Leaving Certificate Examination, 1915
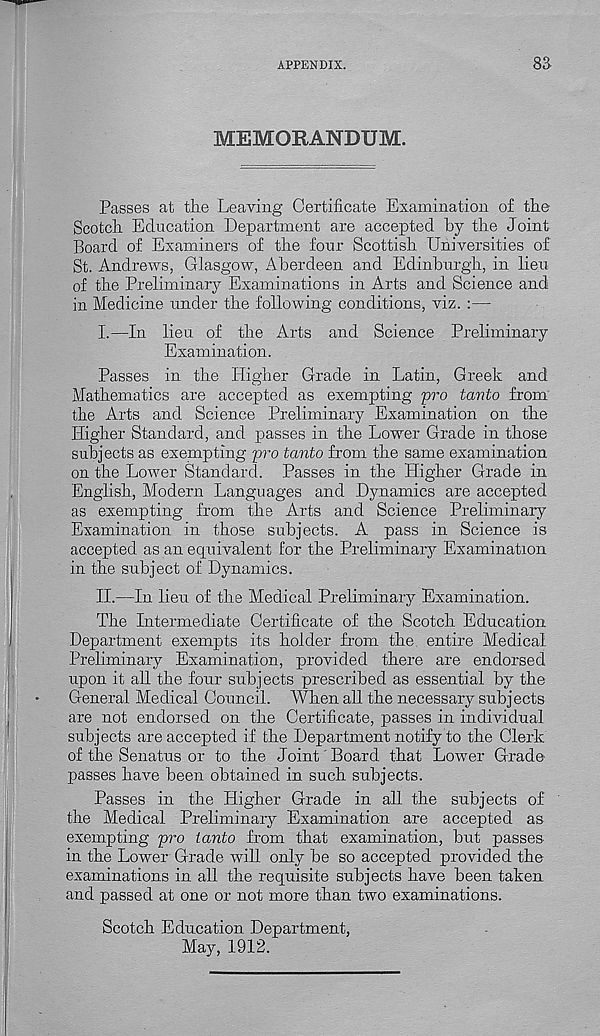
APPENDIX.
MEMORANDUM.
83
Passes at the Leaving Certificate Examination of the
Scotch Education Department are accepted by the Joint
Board of Examiners of the four Scottish Universities of
St. Andrews, Glasgow, Aberdeen and Edinburgh, in lieu
of the Preliminary Examinations in Arts and Science and
in Medicine under the following conditions, viz. :—
I.
—In lieu of the Arts and S
Examination.
Passes in the Higher Grade in Latin, Greek and
Mathematics are accepted as exempting pro tcmto from
the Arts and Science Preliminary Examination on the
Higher Standard, and passes in the Lower Grade in those
subjects as exempting pro tanto from the same examination
on the Lower Standard. Passes in the Higher Grade in
English, Modern Languages and Dynamics are accepted
as exempting from the Arts and Science Preliminary
Examination in those subjects. A pass in Science is
accepted as an equivalent for the Preliminary Examination
in the subject of Dynamics.
II.
—In lieu of the Medical Prelim
The Intermediate Certificate of the Scotch Education
Department exempts its holder from the. entire Medical
Preliminary Examination, provided there are endorsed
upon it all the four subjects prescribed as essential by the
General Medical Council. AVhen all the necessary subjects
are not endorsed on the Certificate, passes in individual
subjects are accepted if the Department notify to the Clerk
of the Senatus or to the Joint' Board that Lower Grade
passes have been obtained in such subjects.
Passes in the Higher Grade in all the subjects of
the Medical Preliminary Examination are accepted as
exempting pro tanto from that examination, but passes
in the Lower Grade will only be so accepted provided the
examinations in all the requisite subjects have been taken
and passed at one or not more than two examinations.
Scotch Education Department,
May, 1912.